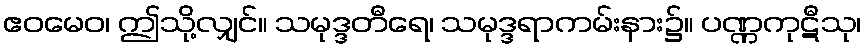
ဧဝမေဝ၊ ဤသို့လျှင်။ သမုဒ္ဒတီရေ၊ သမုဒ္ဒရာကမ်းနား၌။ ပဏ္ဏကုဋီသု၊